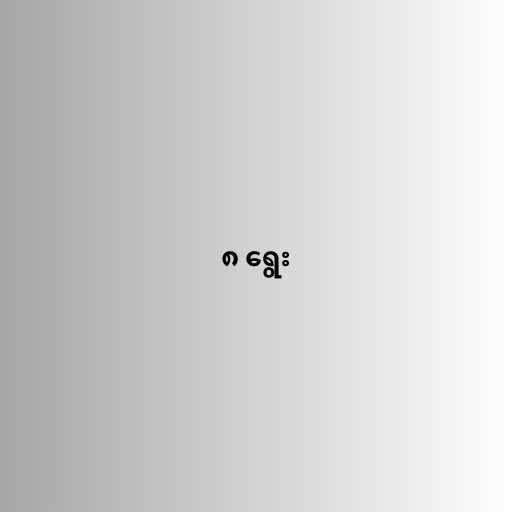
၈ ရွေး